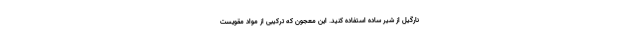
نارگیل از شیر ساده استفاده کنید. این معجون که ترکیبی از مواد مقویست